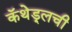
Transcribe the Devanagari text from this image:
कॅथेड्र्लची